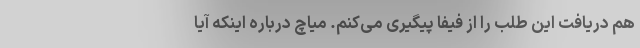
هم دریافت این طلب را از فیفا پیگیری می‌کنم. میاچ درباره اینکه آیا